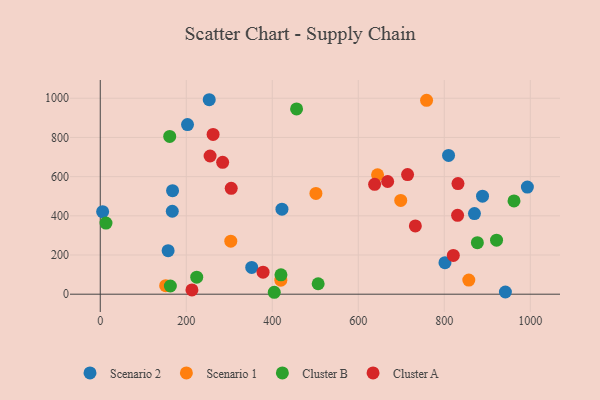
{"axis": {"x": "Ad Spend", "y": "Demand"}, "legend": ["Cluster A", "Cluster B", "Scenario 1", "Scenario 2"], "data": [{"x": "888.9", "y": 500.4, "type": "Scenario 2"}, {"x": "253.4", "y": 992.5, "type": "Scenario 2"}, {"x": "942.1", "y": 11.1, "type": "Scenario 2"}, {"x": "167.5", "y": 423.4, "type": "Scenario 2"}, {"x": "202.9", "y": 865.5, "type": "Scenario 2"}, {"x": "870.1", "y": 411.4, "type": "Scenario 2"}, {"x": "5.5", "y": 420.9, "type": "Scenario 2"}, {"x": "168.1", "y": 528.1, "type": "Scenario 2"}, {"x": "801.6", "y": 161.1, "type": "Scenario 2"}, {"x": "993.2", "y": 546.6, "type": "Scenario 2"}, {"x": "157.8", "y": 222.0, "type": "Scenario 2"}, {"x": "809.9", "y": 708.2, "type": "Scenario 2"}, {"x": "422.5", "y": 433.8, "type": "Scenario 2"}, {"x": "352.2", "y": 136.4, "type": "Scenario 2"}, {"x": "152.1", "y": 43.5, "type": "Scenario 1"}, {"x": "303.5", "y": 270.7, "type": "Scenario 1"}, {"x": "758.8", "y": 989.3, "type": "Scenario 1"}, {"x": "419.9", "y": 71.8, "type": "Scenario 1"}, {"x": "501.5", "y": 514.4, "type": "Scenario 1"}, {"x": "698.7", "y": 478.8, "type": "Scenario 1"}, {"x": "644.8", "y": 609.0, "type": "Scenario 1"}, {"x": "857.0", "y": 72.2, "type": "Scenario 1"}, {"x": "456.5", "y": 945.4, "type": "Cluster B"}, {"x": "404.6", "y": 9.8, "type": "Cluster B"}, {"x": "13.3", "y": 363.0, "type": "Cluster B"}, {"x": "506.7", "y": 53.4, "type": "Cluster B"}, {"x": "921.5", "y": 275.8, "type": "Cluster B"}, {"x": "962.1", "y": 476.2, "type": "Cluster B"}, {"x": "163.0", "y": 41.9, "type": "Cluster B"}, {"x": "224.3", "y": 87.1, "type": "Cluster B"}, {"x": "420.2", "y": 99.1, "type": "Cluster B"}, {"x": "161.5", "y": 805.0, "type": "Cluster B"}, {"x": "876.9", "y": 263.0, "type": "Cluster B"}, {"x": "821.0", "y": 198.1, "type": "Cluster A"}, {"x": "304.5", "y": 540.4, "type": "Cluster A"}, {"x": "284.6", "y": 673.2, "type": "Cluster A"}, {"x": "714.6", "y": 610.7, "type": "Cluster A"}, {"x": "831.8", "y": 564.6, "type": "Cluster A"}, {"x": "213.2", "y": 22.0, "type": "Cluster A"}, {"x": "830.9", "y": 402.6, "type": "Cluster A"}, {"x": "378.6", "y": 112.5, "type": "Cluster A"}, {"x": "255.4", "y": 705.3, "type": "Cluster A"}, {"x": "668.3", "y": 575.1, "type": "Cluster A"}, {"x": "732.7", "y": 348.5, "type": "Cluster A"}, {"x": "638.0", "y": 560.5, "type": "Cluster A"}, {"x": "262.4", "y": 815.2, "type": "Cluster A"}]}